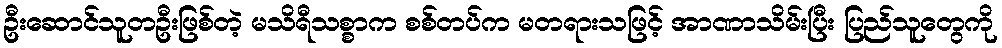
ဦးဆောင်သူတဦးဖြစ်တဲ့ မသိရီသစ္စာက စစ်တပ်က မတရားသဖြင့် အာဏာသိမ်းပြီး ပြည်သူတွေကို